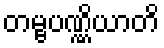
တမ္ဗပဏ္ဏိယာတိ